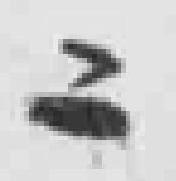
二